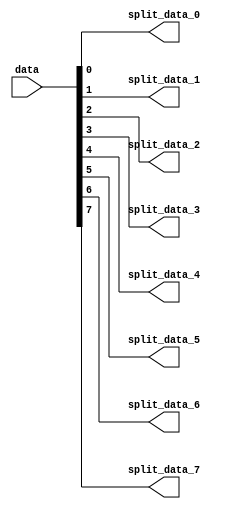
// ***************************************************************************
// ***************************************************************************
// Copyright 2014 - 2017 (c) Analog Devices, Inc. All rights reserved.
//
// In this HDL repository, there are many different and unique modules, consisting
// of various HDL (Verilog or VHDL) components. The individual modules are
// developed independently, and may be accompanied by separate and unique license
// terms.
//
// The user should read each of these license terms, and understand the
// freedoms and responsibilities that he or she has by using this source/core.
//
// This core is distributed in the hope that it will be useful, but WITHOUT ANY
// WARRANTY; without even the implied warranty of MERCHANTABILITY or FITNESS FOR
// A PARTICULAR PURPOSE.
//
// Redistribution and use of source or resulting binaries, with or without modification
// of this file, are permitted under one of the following two license terms:
//
//   1. The GNU General Public License version 2 as published by the
//      Free Software Foundation, which can be found in the top level directory
//      of this repository (LICENSE_GPL2), and also online at:
//      <https://www.gnu.org/licenses/old-licenses/gpl-2.0.html>
//
// OR
//
//   2. An ADI specific BSD license, which can be found in the top level directory
//      of this repository (LICENSE_ADIBSD), and also on-line at:
//      https://github.com/analogdevicesinc/hdl/blob/master/LICENSE_ADIBSD
//      This will allow to generate bit files and not release the source code,
//      as long as it attaches to an ADI device.
//
// ***************************************************************************
// ***************************************************************************
// too bad- we have to do this!

`timescale 1ns/100ps

module util_bsplit #(

  parameter   CHANNEL_DATA_WIDTH     = 1,
  parameter   NUM_OF_CHANNELS    = 8) (

  input       [((NUM_OF_CHANNELS*CHANNEL_DATA_WIDTH)-1):0]  data,

  output      [(CHANNEL_DATA_WIDTH-1):0]  split_data_0,
  output      [(CHANNEL_DATA_WIDTH-1):0]  split_data_1,
  output      [(CHANNEL_DATA_WIDTH-1):0]  split_data_2,
  output      [(CHANNEL_DATA_WIDTH-1):0]  split_data_3,
  output      [(CHANNEL_DATA_WIDTH-1):0]  split_data_4,
  output      [(CHANNEL_DATA_WIDTH-1):0]  split_data_5,
  output      [(CHANNEL_DATA_WIDTH-1):0]  split_data_6,
  output      [(CHANNEL_DATA_WIDTH-1):0]  split_data_7);

  localparam  NUM_OF_CHANNELS_M   = 9;

  // internal signals

  wire    [((NUM_OF_CHANNELS_M*CHANNEL_DATA_WIDTH)-1):0]   data_s;

  // extend and split

  assign data_s[((NUM_OF_CHANNELS_M*CHANNEL_DATA_WIDTH)-1):(NUM_OF_CHANNELS*CHANNEL_DATA_WIDTH)] = 'd0;
  assign data_s[((NUM_OF_CHANNELS*CHANNEL_DATA_WIDTH)-1):0] = data;

  assign split_data_0 = data_s[((CHANNEL_DATA_WIDTH*1)-1):(CHANNEL_DATA_WIDTH*0)];
  assign split_data_1 = data_s[((CHANNEL_DATA_WIDTH*2)-1):(CHANNEL_DATA_WIDTH*1)];
  assign split_data_2 = data_s[((CHANNEL_DATA_WIDTH*3)-1):(CHANNEL_DATA_WIDTH*2)];
  assign split_data_3 = data_s[((CHANNEL_DATA_WIDTH*4)-1):(CHANNEL_DATA_WIDTH*3)];
  assign split_data_4 = data_s[((CHANNEL_DATA_WIDTH*5)-1):(CHANNEL_DATA_WIDTH*4)];
  assign split_data_5 = data_s[((CHANNEL_DATA_WIDTH*6)-1):(CHANNEL_DATA_WIDTH*5)];
  assign split_data_6 = data_s[((CHANNEL_DATA_WIDTH*7)-1):(CHANNEL_DATA_WIDTH*6)];
  assign split_data_7 = data_s[((CHANNEL_DATA_WIDTH*8)-1):(CHANNEL_DATA_WIDTH*7)];

endmodule

// ***************************************************************************
// ***************************************************************************